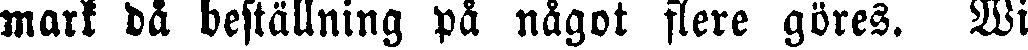
mark då beställning på något flere göres. Wi